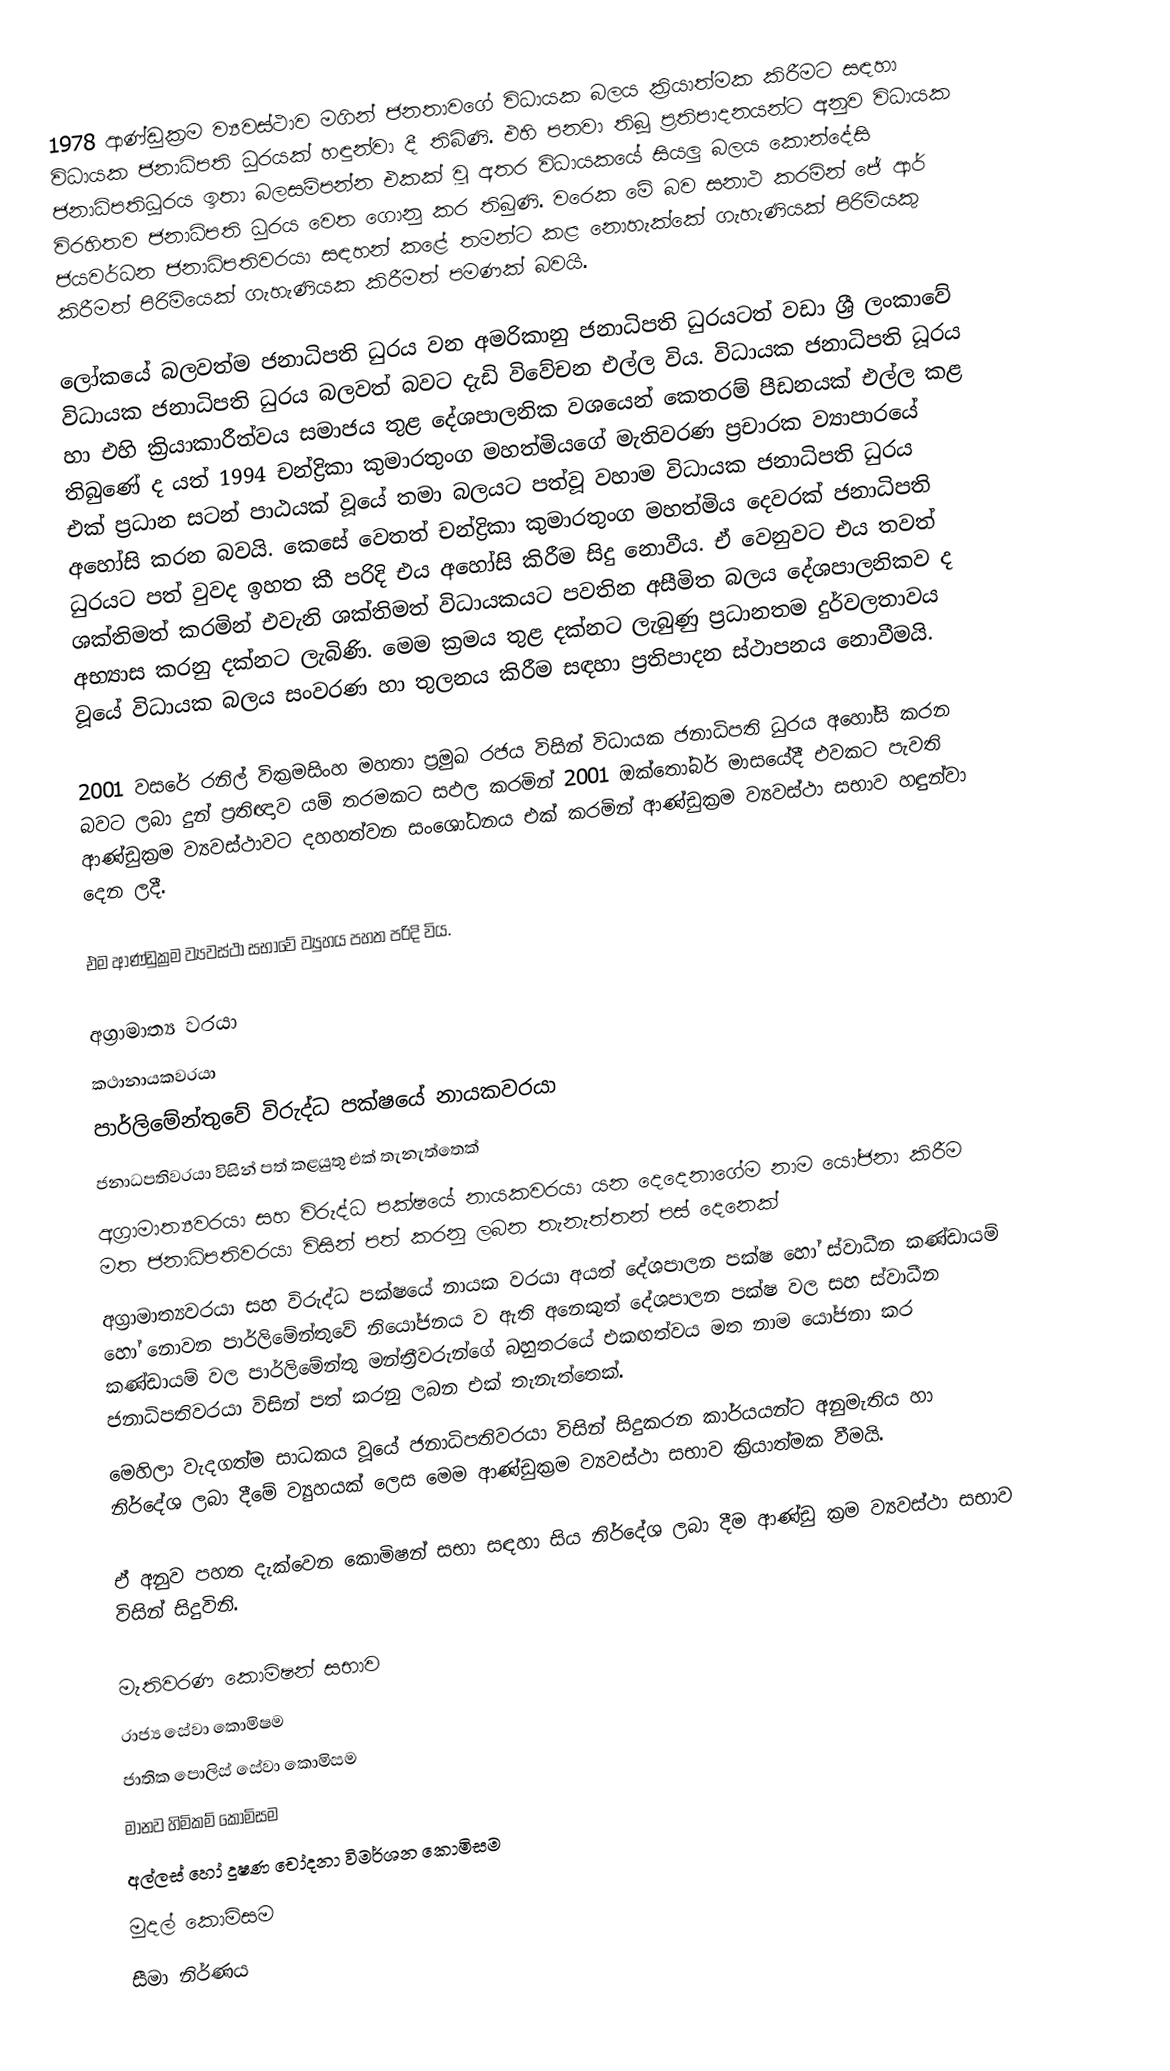
1978 ආණ්ඩුක්‍රම ව්‍යවස්ථාව මගින් ජනතාවගේ විධායක බලය ක්‍රියාත්මක කිරීමට සඳහා විධායක ජනාධිපති ධුරයක් හඳුන්වා දී තිබිණි. එහි පනවා තිබූ ප්‍රතිපාදනයන්ට අනුව විධායක ජනාධිපතිධූරය ඉතා බලසම්පන්න එකක් වූ අතර විධායකයේ සියලු බලය කොන්දේසි විරහිතව ජනාධිපති ධුරය වෙත ගොනු කර තිබුණි. වරෙක මේ බව සනාථ කරමින් ජේ ආර් ජයවර්ධන ජනාධිපතිවරයා සඳහන් කළේ තමන්ට කළ නොහැක්කේ ගැහැණියක් පිරිමියකු කිරීමත් පිරිමියෙක් ගැහැණියක කිරීමත් පමණක් බවයි.

ලෝකයේ බලවත්ම ජනාධිපති ධුරය වන අමරිකානු ජනාධිපති ධුරයටත් වඩා ශ්‍රී ලංකාවේ විධායක ජනාධිපති ධුරය බලවත් බවට දැඩි විවේචන එල්ල විය. විධායක ජනාධිපති ධූරය හා එහි ක්‍රියාකාරීත්වය සමාජය තුළ දේශපාලනික වශයෙන් කෙතරම් පීඩනයක් එල්ල කළ තිබුණේ ද යත් 1994 චන්ද්‍රිකා කුමාරතුංග මහත්මියගේ මැතිවරණ ප්‍රචාරක ව්‍යාපාරයේ එක් ප්‍රධාන සටන් පාඨයක් වූයේ තමා බලයට පත්වූ වහාම විධායක ජනාධිපති ධුරය අහෝසි කරන බවයි. කෙසේ වෙතත් චන්ද්‍රිකා කුමාරතුංග මහත්මිය දෙවරක් ජනාධිපති ධුරයට පත් වුවද ඉහත කී පරිදි එය අහෝසි කිරීම සිදු නොවීය. ඒ වෙනුවට එය තවත් ශක්තිමත් කරමින් එවැනි ශක්තිමත් විධායකයට පවතින අසීමිත බලය දේශපාලනිකව ද අභ්‍යාස කරනු දක්නට ලැබිණි. මෙම ක්‍රමය තුළ දක්නට ලැබුණු ප්‍රධානතම දුර්වලතාවය වූයේ විධායක බලය සංවරණ හා තුලනය කිරීම සඳහා ප්‍රතිපාදන ස්ථාපනය නොවීමයි.

2001 වසරේ රනිල් වික්‍රමසිංහ මහතා ප්‍රමුඛ රජය විසින් විධායක ජනාධිපති ධුරය අහෝසි කරන බවට ලබා දුන් ප්‍රතිඥාව යම් තරමකට සඵල කරමින් 2001 ඔක්තෝබර් මාසයේදී එවකට පැවති ආණ්ඩුක්‍ර‍ම ව්‍යවස්ථාවට දහහත්වන සංශෝධනය එක් කරමින් ආණ්ඩුක්‍රම ව්‍යවස්ථා සභාව හඳුන්වා දෙන ලදී.

එම ආණ්ඩුක්‍රම ව්‍යවස්ථා සභාවේ ව්‍යුහය පහත පරිදි විය.‍

 අග්‍රාමාත්‍ය වරයා
 කථානායකවරයා
 පාර්ලිමේන්තුවේ විරුද්ධ පක්ෂයේ නායකවරයා
 ජනාධපතිවරයා විසින් පත් කළයුතු එක් තැනැත්තෙක්
 අග්‍රාමාත්‍යවරයා සහ විරුද්ධ පක්ෂයේ නායකවරයා යන දෙදෙනාගේම නාම යෝජනා කිරීම මත ජනාධිපතිවරයා විසින් පත් කරනු ලබන තැනැත්තන් පස් දෙනෙක්
 අග්‍රාමාත්‍යවරයා සහ විරුද්ධ පක්ෂයේ නායක වරයා අයත් දේශපාලන පක්ෂ හෝ ස්වාධීන කණ්ඩායම් හෝ නොවන පාර්ලිමේන්තුවේ නියෝජනය ව ඇති අනෙකුත් දේශපාලන පක්ෂ වල සහ ස්වාධීන කණ්ඩායම් වල පාර්ලිමේන්තු මන්ත්‍රීවරුන්ගේ බහුතරයේ එකඟත්වය මත නාම යෝජනා කර ජනාධිපතිවරයා විසින් පත්  කරනු ලබන එක් තැනැත්තෙක්.
මෙහිලා වැදගත්ම සාධකය වූයේ ජනාධිපතිවරයා විසින් සිදුකරන කාර්යයන්ට අනුමැතිය හා නිර්දේශ ලබා දීමේ ව්‍යුහයක් ලෙස මෙම ආණ්ඩුක්‍රම ව්‍යවස්ථා සභාව ක්‍රියාත්මක වීමයි.

ඒ අනුව පහත දැක්වෙන කොමිෂන් සභා සඳහා සිය නිර්දේශ ලබා දීම ආණ්ඩු ක්‍ර‍ම ව්‍යවස්ථා සභාව විසින් සිදුවිනි.

 මැතිවරණ කොමිෂන් සභාව
 රාජ්‍ය සේවා කොමිෂම
 ජාතික පොලිස් සේවා කොමිසම
 මානව හිමිකම් කොමිසම
 අල්ලස් හෝ දූෂණ චෝදනා විමර්ශන කොමිසම
 මුදල් කොමිසම
 සීමා නිර්ණය